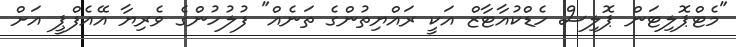
"މެޓްޕޮލިޓަން ޕޮލިސް ހެޑްކުއާޓާޒް އަކީ ރައްޔިތުންގެ ތަނެއް" ފުލުހުންގެ ވެރިޔާ އޭއެފްޕީ އަށް